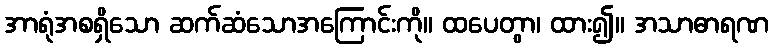
အာရုံအစရှိသော ဆက်ဆံသောအကြောင်းကို။ ထပေတွာ၊ ထား၍။ အသာဓာရဏ